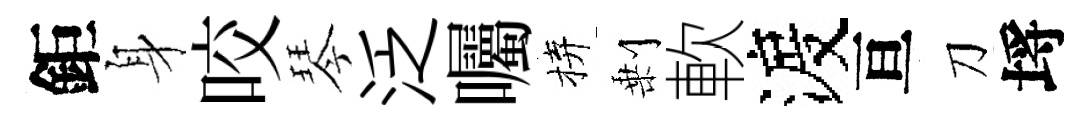
鉅身咬琴泛囑拚剰軟渡亘刀埓